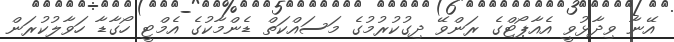
އޭނާ ވިދާޅުވީ އެއާޕޯޓްގެ ރަންވޭ ދިގުކުރުމުގެ މަސައްކަތް ޑެންމާކުގެ އެމްޓީ ހޯގާޑާ ހަވާލުކުރަން